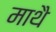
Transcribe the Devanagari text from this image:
माथै